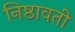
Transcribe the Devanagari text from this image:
निष्ठावती